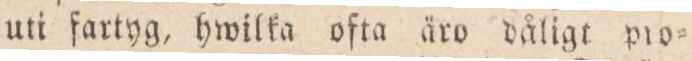
uti fartyg, hwilka ofta äro dåligt pro=